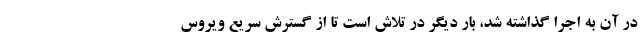
در آن به اجرا گذاشته شد، بار دیگر در تلاش است تا از گسترش سریع ویروس